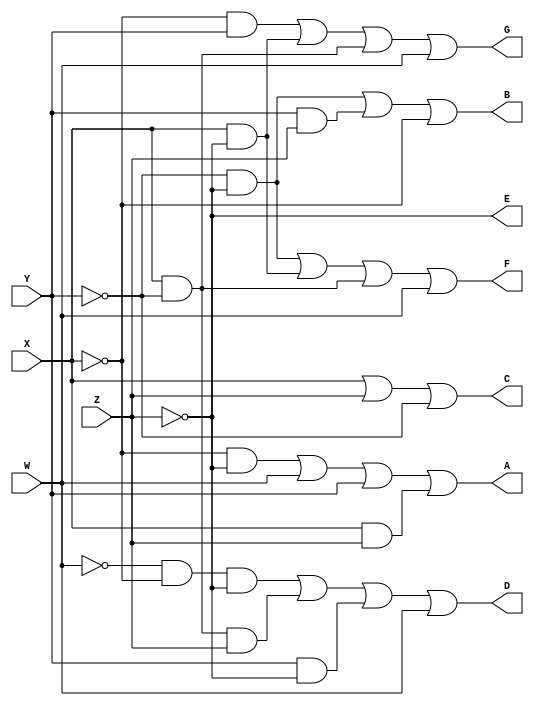
/*
  ECE 171 Project 1
  February 2022
  Andrew Stanton

  BCD to seven segment display code (Dataflow code)
*/

module SevenSegment(W, X, Y, Z, A, B, C, D, E, F, G);
input W, X, Y, Z; //BCD
output A, B, C, D, E, F, G; //7-Segment outputs


//assign outputs to equations, delay of 8 time units
assign #8 A = ~X & ~Z | W | Y | X & Z;
assign #8 B = ~Y & ~Z | Y & Z | ~X;
assign #8 C = X | Z | ~Y;
assign #8 D = ~W & ~X & ~Z | X & ~Y & Z | Y & ~Z | W;
assign #8 E = ~Z;
assign #8 F = ~Y & ~Z | X & ~Z | X & ~Y | W;
assign #8 G = ~X & Y | X & ~Z | X & ~Y | W;
endmodule